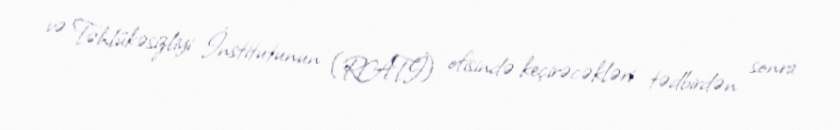
və Təhlükəsizliyi İnstitutunun (RATİ) ofisində keçirəcəkləri tədbirdən sonra